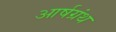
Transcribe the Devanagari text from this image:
आर्षग्रंथ